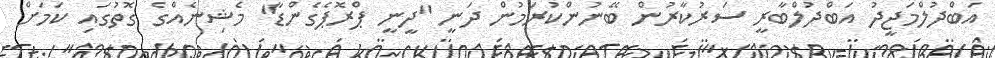
އަބްދުލްމަޖީދު އަބްދުލްބާރީ ސަރުކާރުން ބޭނުންކުރަމުން ދަނީ "ދީނީ ޕްރޮޕެގެންޑާ" މެޝިނެއްގެ ގޮތުގައި ކަމަށް